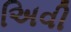
અિવી